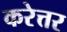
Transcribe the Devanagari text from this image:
करेत्तर